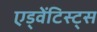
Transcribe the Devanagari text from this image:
एड्वेंटिस्ट्स